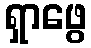
ရှာဖွေ